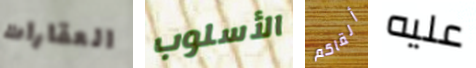
العقارات الأسلوب ألقاكم عليه